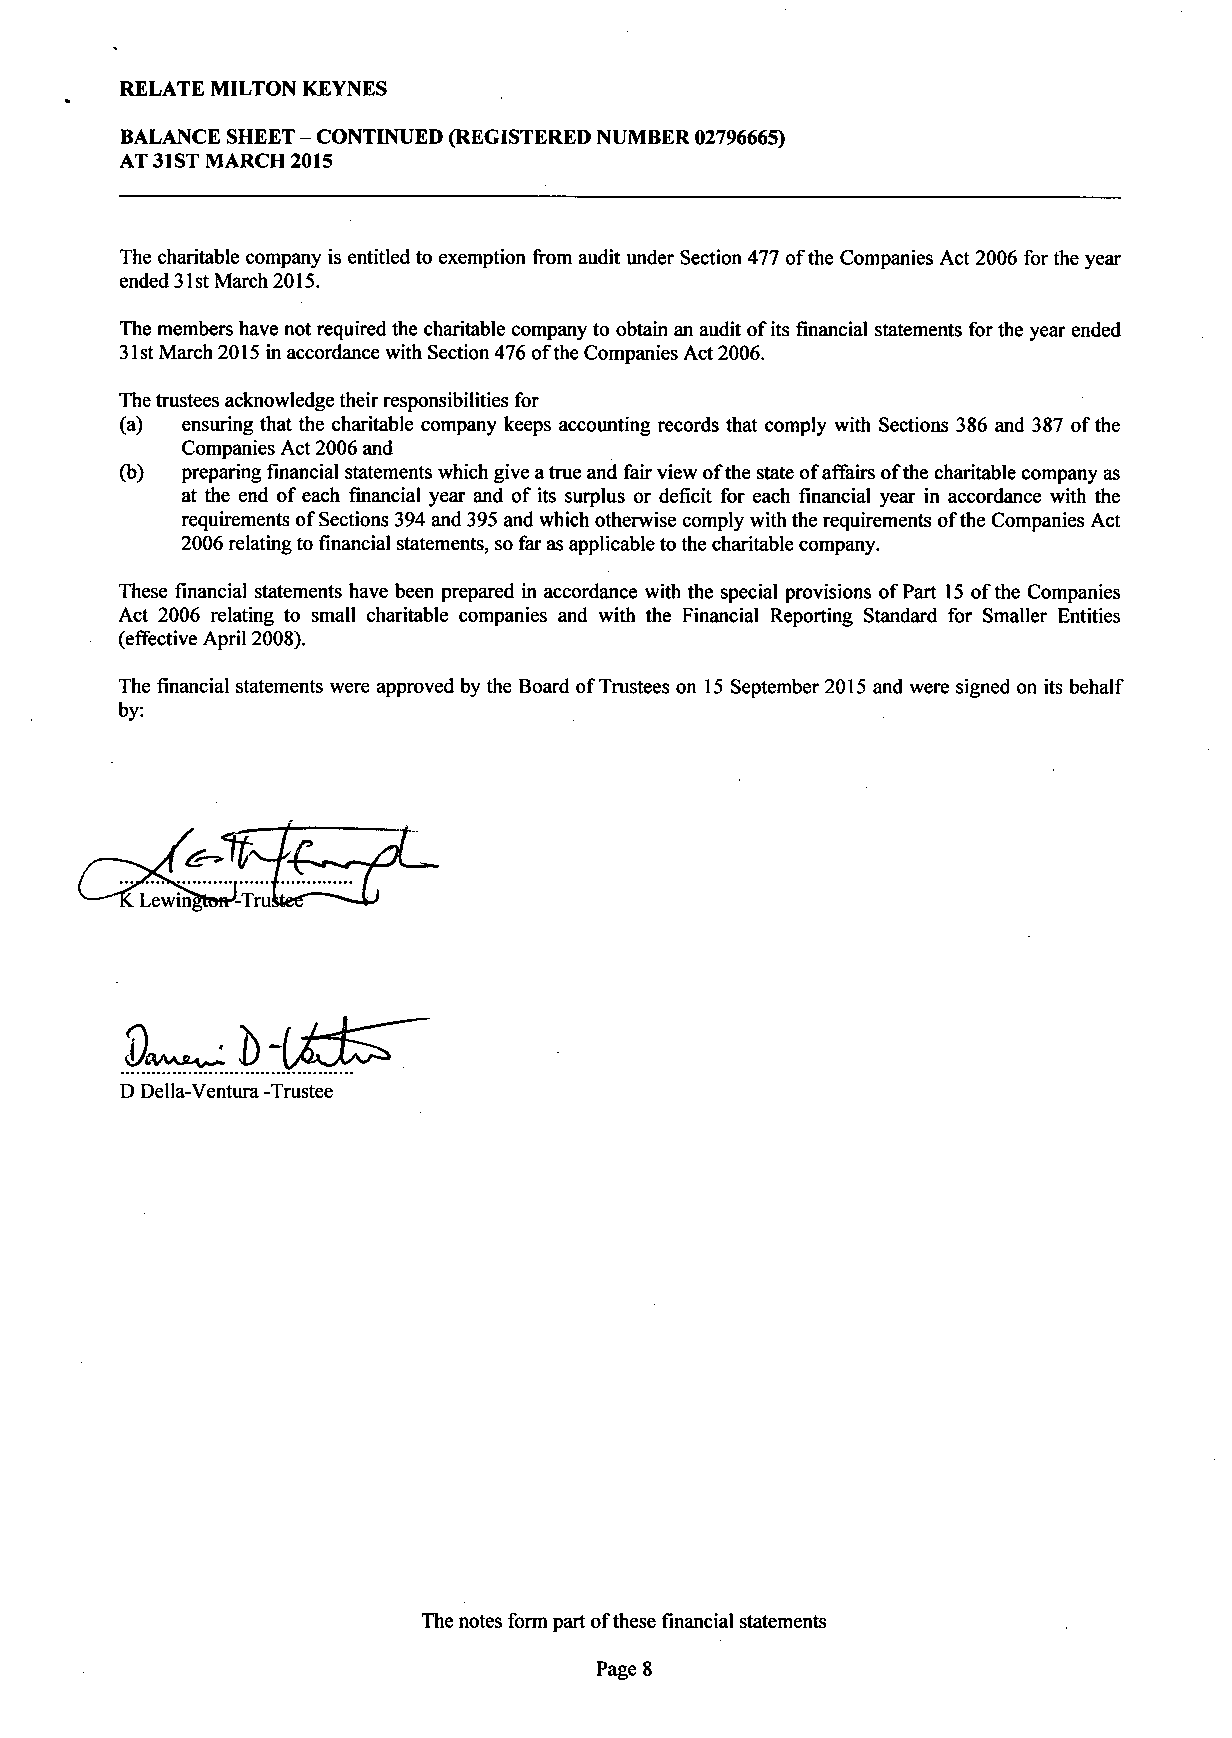
RELATE MILTON KEYNES
 BALANCE SHEET - CONTINUED (REGISTERED NUMBER 02796665)
 AT 31 ST MARCH 2015
 The charitable company is entitled to exemption from audit under Section 477 of the Companies Act 2006 for the year
 ended 3lst March 2015.
 The members have not required the charitable company to obtain an audit of its financial statements for the year ended
 3 lst March 2015 in accordance with Section 476 of the Companies Act 2006.
 The trustees acknowledge their responsibilities for
 (a) ensuring that the charitable company keeps accounting records that comply with Sections 386 and 387 of the
 Companies Act 2006 and
 (b) preparing financial statements which give a true and fair view of the state of affairs of the charitable company as
 at the end of each financial year and of its surplus or deficit for each financial year in accordance with the
 requirements of Sections 394 and 395 and which otherwise comply with the requirements of the Companies Act
 2006 relating to financial statements, so far as applicable to the charitable company.
 These financial statements have been prepared in accordance with the special provisions of Part 15 of the Companies
 Act 2006 relating to small charitable companies and with the Financial Reporting Standard for Smaller Entities
 (effective April 2008).
 The financial statements were approved by the Board of Trustees on 15 September 2015 and were signed on its behalf
 by:
 D Delia-Ventura -Trustee
 The notes form part of these financial statements
 Page 8